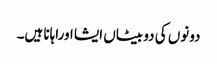
دونوں کی دو بیٹاں ایشا اوراہانا ہیں۔